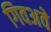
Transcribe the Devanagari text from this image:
गिवअवे